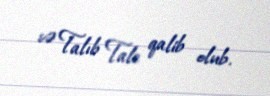
və Talıb Tale qalib olub.